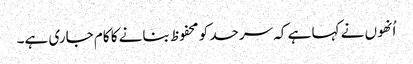
اُنھوں نے کہا ہے کہ سرحد کو محفوظ بنانے کا کام جاری ہے۔